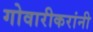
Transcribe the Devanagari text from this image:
गोवारीकरांनी